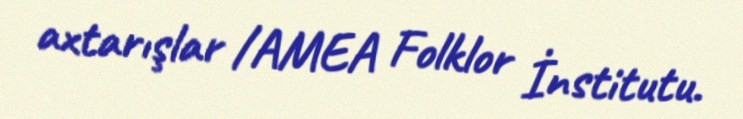
axtarışlar /AMEA Folklor İnstitutu.